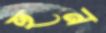
হুন